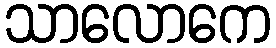
သာလောကေ